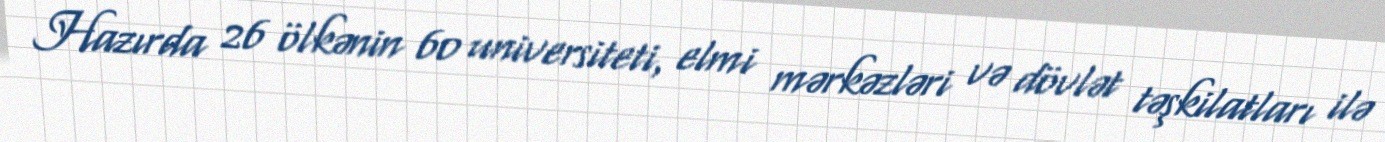
Hazırda 26 ölkənin 60 universiteti, elmi mərkəzləri və dövlət təşkilatları ilə